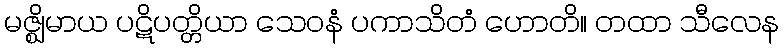
မဇ္ဈိမာယ ပဋိပတ္တိယာ သေဝနံ ပကာသိတံ ဟောတိ။ တထာ သီလေန